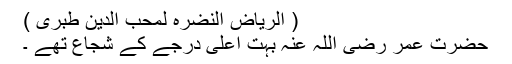
( الریاض النضرہ لمحب الدین طبری )
حضرت عمر رضی اللہ عنہ بہت اعلٰی درجے کے شجاع تھے ۔